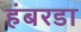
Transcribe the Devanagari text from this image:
हंबरडा